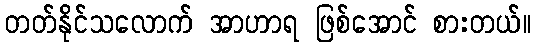
တတ်နိုင်သလောက် အာဟာရ ဖြစ်အောင် စားတယ်။